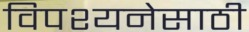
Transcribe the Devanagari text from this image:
विपश्यनेसाठी